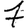
Digit: 7